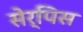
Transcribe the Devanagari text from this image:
सेर्पिस